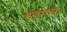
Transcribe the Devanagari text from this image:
सदृशता।